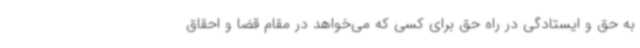
به حق و ایستادگی در راه حق برای کسی که می‌خواهد در مقام قضا و احقاق